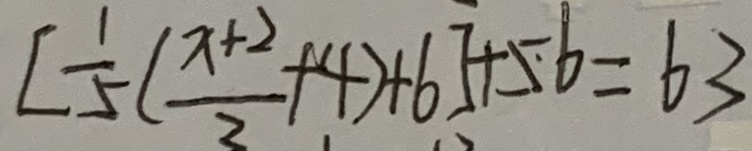
[ \frac { 1 } { 5 } ( \frac { x + 2 } { 3 } + 4 ) + 6 ] + 5 6 = 6 3